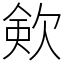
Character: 㰸